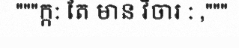
"""ក្ក: តែ មាន វិចារ : ,"""